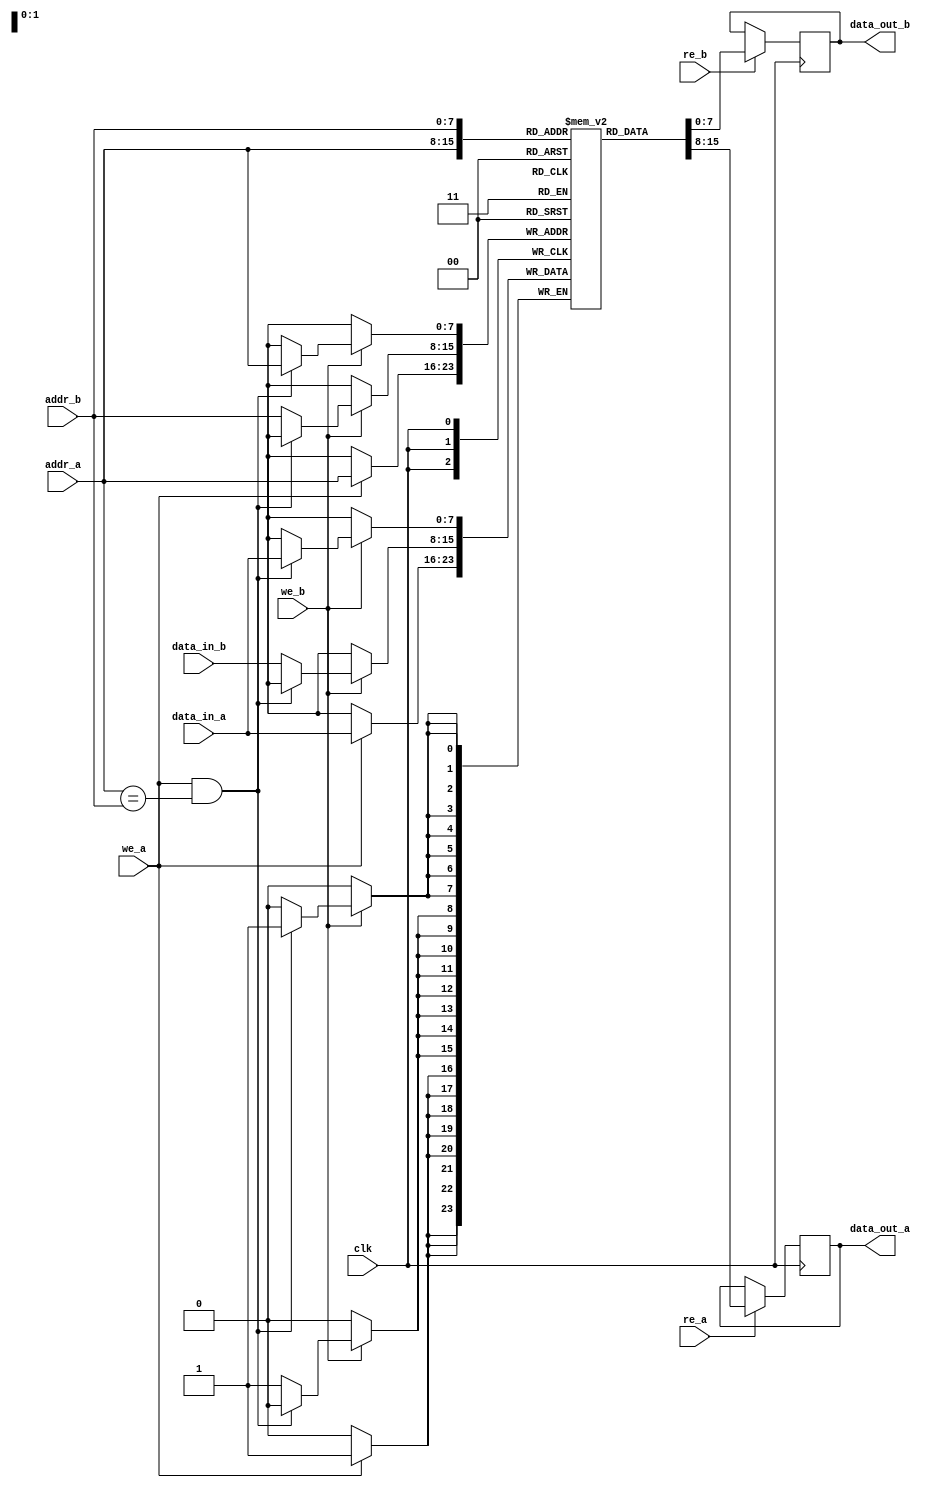
module dual_port_scratchpad_memory #(
    parameter ADDR_WIDTH = 8, // Address width (e.g., 8 for 256 locations)
    parameter DATA_WIDTH = 8, // Data width (e.g., 8 for 8-bit data)
    parameter INIT_VALUE = 0   // Initial value for memory
)(
    input wire clk,            // Clock signal
    input wire [ADDR_WIDTH-1:0] addr_a, // Address for Port A
    input wire [ADDR_WIDTH-1:0] addr_b, // Address for Port B
    input wire [DATA_WIDTH-1:0] data_in_a, // Data input for Port A
    input wire [DATA_WIDTH-1:0] data_in_b, // Data input for Port B
    input wire we_a,          // Write enable for Port A
    input wire we_b,          // Write enable for Port B
    input wire re_a,          // Read enable for Port A
    input wire re_b,          // Read enable for Port B
    output reg [DATA_WIDTH-1:0] data_out_a, // Data output for Port A
    output reg [DATA_WIDTH-1:0] data_out_b  // Data output for Port B
);

    // Memory array declaration
    reg [DATA_WIDTH-1:0] memory [(2**ADDR_WIDTH)-1:0];

    // Initialize memory contents
    integer i;
    initial begin
        for (i = 0; i < (2**ADDR_WIDTH); i = i + 1) begin
            memory[i] = INIT_VALUE; // Initialize memory with a predefined value
        end
    end

    // Port A operations
    always @(posedge clk) begin
        if (we_a) begin
            memory[addr_a] <= data_in_a; // Write data to memory
        end
        if (re_a) begin
            data_out_a <= memory[addr_a]; // Read data from memory
        end
    end

    // Port B operations
    always @(posedge clk) begin
        if (we_b) begin
            // Handle potential write conflict
            if (we_a && (addr_a == addr_b)) begin
                // Conflict resolution: prioritize Port A
                memory[addr_a] <= data_in_a;
            end else begin
                memory[addr_b] <= data_in_b; // Write data to memory
            end
        end
        if (re_b) begin
            data_out_b <= memory[addr_b]; // Read data from memory
        end
    end

endmodule